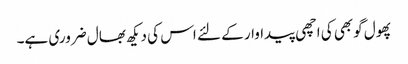
پھول گوبھی کی اچھی پیداوار کے لئے اس کی دیکھ بھال ضروری ہے۔